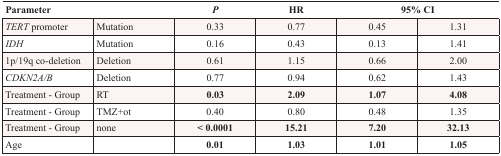
<table><thead><tr><td><b>Parameter</b></td><td></td><td><b><i>P</i></b></td><td><b>HR</b></td><td colspan="2"><b>95% CI</b></td></tr></thead><tbody><tr><td><i>TERT</i> promoter</td><td>Mutation</td><td>0.33</td><td>0.77</td><td>0.45</td><td>1.31</td></tr><tr><td><i>IDH</i></td><td>Mutation</td><td>0.16</td><td>0.43</td><td>0.13</td><td>1.41</td></tr><tr><td>1p/19q co-deletion</td><td>Deletion</td><td>0.61</td><td>1.15</td><td>0.66</td><td>2.00</td></tr><tr><td><i>CDKN2A/B</i></td><td>Deletion</td><td>0.77</td><td>0.94</td><td>0.62</td><td>1.43</td></tr><tr><td>Treatment - Group</td><td>RT</td><td><b>0.03</b></td><td><b>2.09</b></td><td><b>1.07</b></td><td><b>4.08</b></td></tr><tr><td>Treatment - Group</td><td>TMZ+ot</td><td>0.40</td><td>0.80</td><td>0.48</td><td>1.35</td></tr><tr><td>Treatment - Group</td><td>none</td><td><b>&lt; 0.0001</b></td><td><b>15.21</b></td><td><b>7.20</b></td><td><b>32.13</b></td></tr><tr><td>Age</td><td></td><td><b>0.01</b></td><td><b>1.03</b></td><td><b>1.01</b></td><td><b>1.05</b></td></tr></tbody></table>